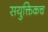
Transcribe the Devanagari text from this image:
सयुक्तिकच